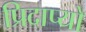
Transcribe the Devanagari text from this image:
प्रिदाप्यो